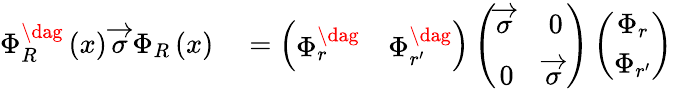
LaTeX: \begin{array}{rl}{\Phi_{R}^{\dag}\left(x\right)\, \overrightarrow{\sigma}\, \Phi_{R}\left(x\right)}&{{}=\left(\begin{array}{cc}{\Phi_{r}^{\dag}}&{\Phi_{r^{\prime}}^{\dag}}\end{array}\right)\left(\begin{array}{cc}{\overrightarrow{\sigma}\, }&{0}\\ {0}&{\overrightarrow{\sigma}\, }\end{array}\right)\left(\begin{array}{c}{\Phi_{r}}\\ {\Phi_{r^{\prime}}}\end{array}\right)}\end{array}